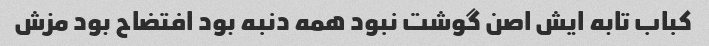
کباب تابه ایش اصن گوشت نبود همه دنبه بود افتضاح بود مزش